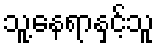
သူ့နေရာနှင့်သူ